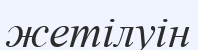
жетілуін